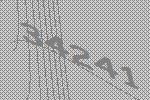
34241